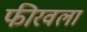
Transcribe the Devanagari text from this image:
फीरवला